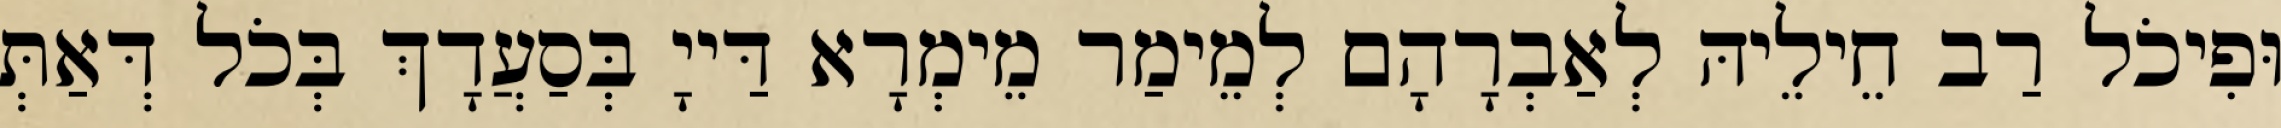
וּפִיכֹל רַב חֵילֵיהּ לְאַבְרָהָם לְמֵימַר מֵימְרָא דַּייָ בְּסַעֲדָךְ בְּכֹל דְּאַתְּ